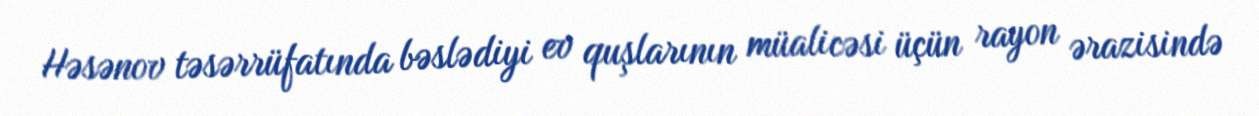
Həsənov təsərrüfatında bəslədiyi ev quşlarının müalicəsi üçün rayon ərazisində